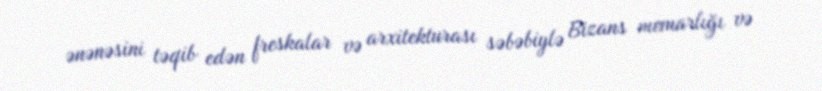
ənənəsini təqib edən freskalar və arxitekturası səbəbiylə Bizans memarlığı və